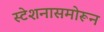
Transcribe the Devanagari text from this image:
स्टेशनासमोरून